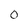
Character: 0